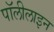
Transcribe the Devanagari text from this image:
पॉलीलाइन